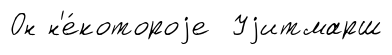
Он н'е́котороjе Уjитмарш